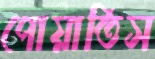
পোয়াতিস